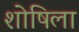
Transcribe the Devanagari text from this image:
शोषिला